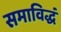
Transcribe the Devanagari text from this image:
समाविद्धं